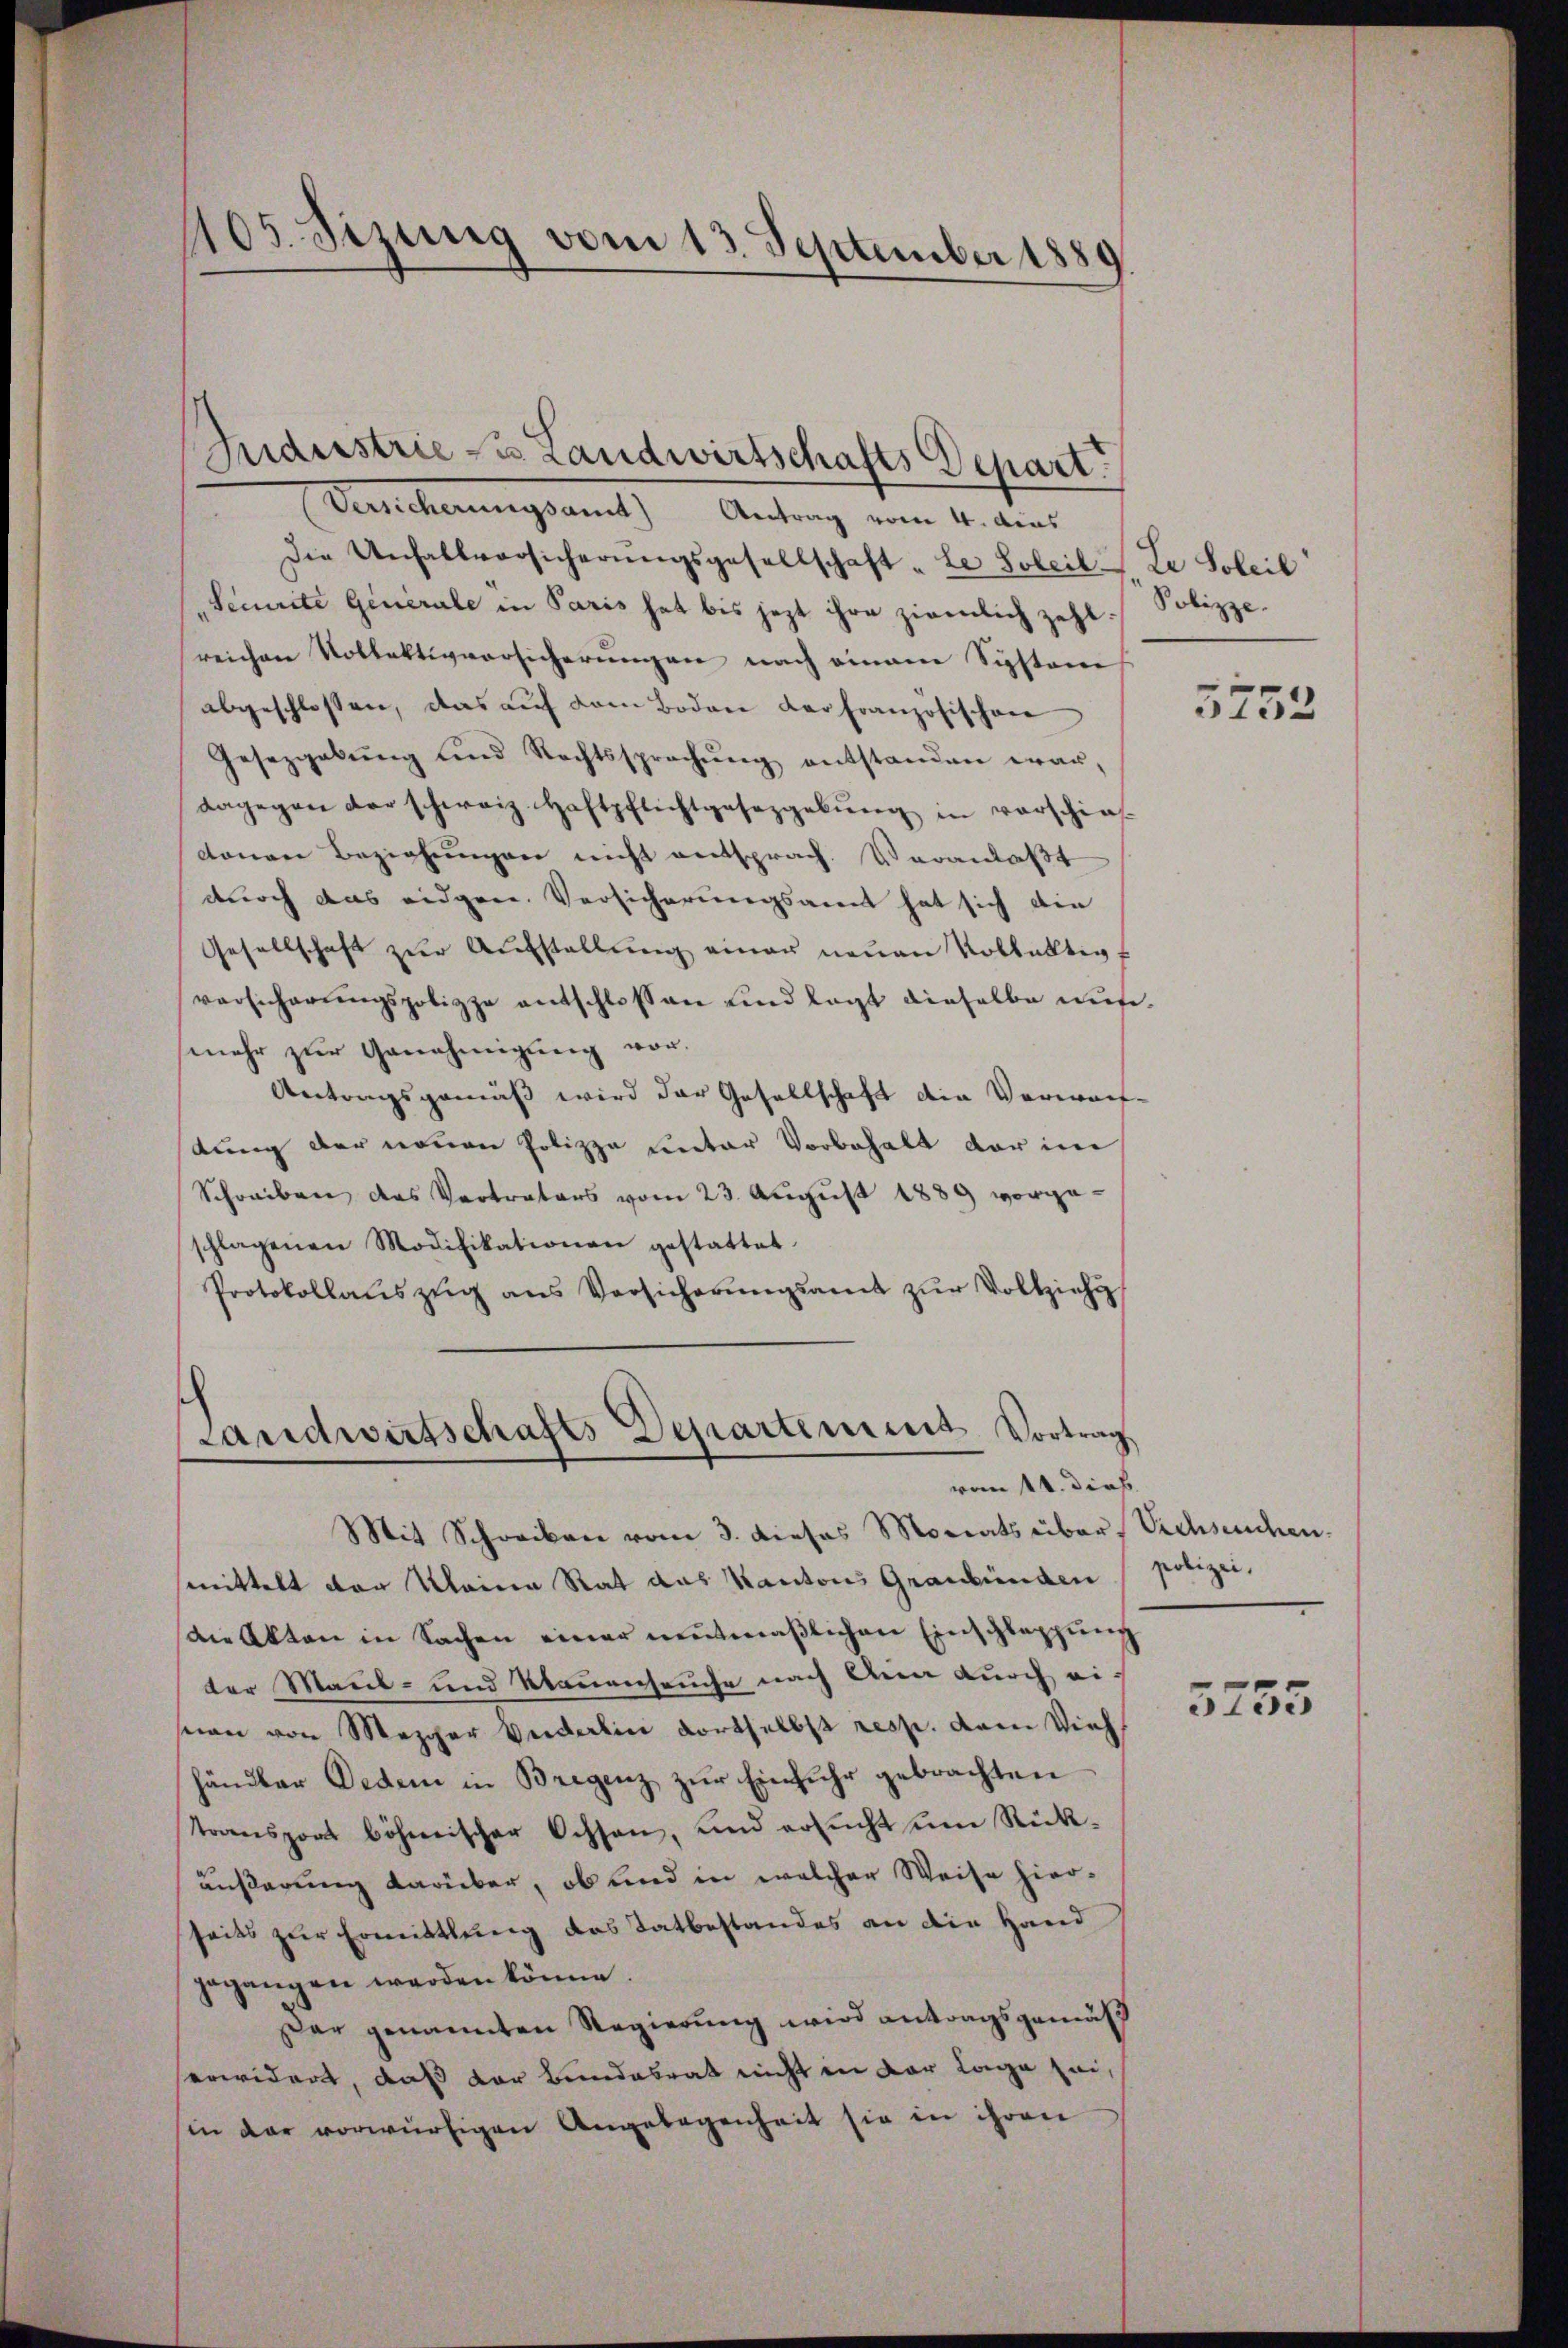
105. Sizung vom 13. September 1889.

Versicherungsamt Antrag vom 4. Aus
Die Unfallvorsicherŭngsgesellschaft „Le Soleille Soleil
„Secrete Generale in Paris hat bis jezt ihre ziemlich zehl. Polizzesreichen Vollektivvorsicherungen nach einem Siphtane
abgeschlossen, das aŭf dem Boden der Französischen
Gesezgabŭng und Rechtssprechŭng entstanden war,
dagegen der schweiz. Haftpflichtgesetzgebŭng in verschie-
denen Beziehŭngen nicht entsprach. Veranlaßt
durch das eidgen. Versicherungsant hat sich die
Gesellschaft zŭr Aŭfstellŭng einer neŭen Vollativ
vorsicherŭngspolizze entschlossen und legt dieselbe ausmehr zur Genehmigung vor.
Antragsgemäß wird der Gesellschaft die Verwarf-
stung der neuen Polizza unter Vorbehalt der im
Schreiben des Vertrators vom 23. August 1889 vorgeschlagenen Modifikationen gestattet.
Protokollaŭszŭg ans Versicherŭngsamt zŭr Vollziehu

Guderstrie zu Landwirtschafts Depart.

Landwirtschafts Departement Vortrag
vom 11. Dieb
Mit Schreiben vom 3. dieses Morats über, Sechseuchen.

mittelt der Meine Rat das Kantons Graubünden
die Akten in Sachen einer mutmaßlichen Einschlappung
ter Maul- und Klauenseuche nach Anna durch eision von Mezger Beiderlin dortselbst resp. dem Vieh
händbar Dedem in Bregenz zur Einfuhr gebrachten
transport böhmischer Ochsen, und ersucht um Rückäußerung darüber, ob und in welcher Weise hierseits zur Ermittlung des Tatbestandes an die Hand
gegangen werden könne.
Par genannten Regierung wird antragsgemäß
erwidert, daß der Bundesrat nicht in der Lage sei,
(in der vorwürfigen Angelegenheit sie in ihren

5252

polizei.

5755